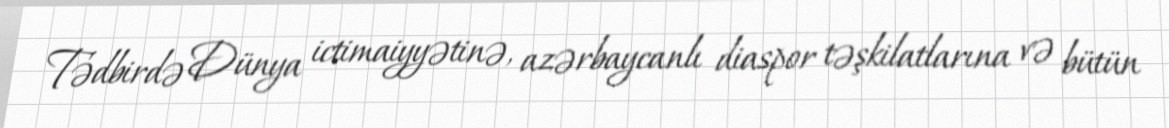
Tədbirdə Dünya ictimaiyyətinə, azərbaycanlı diaspor təşkilatlarına və bütün